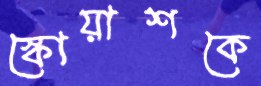
স্কোয়াশকে